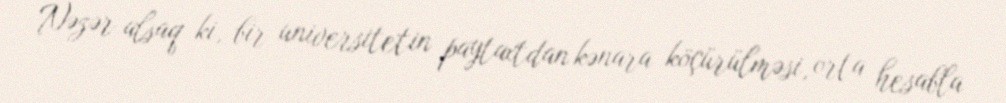
Nəzər alsaq ki, bir universitetin paytaxtdan kənara köçürülməsi, orta hesabla